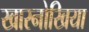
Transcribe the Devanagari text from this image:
खारनोखिया